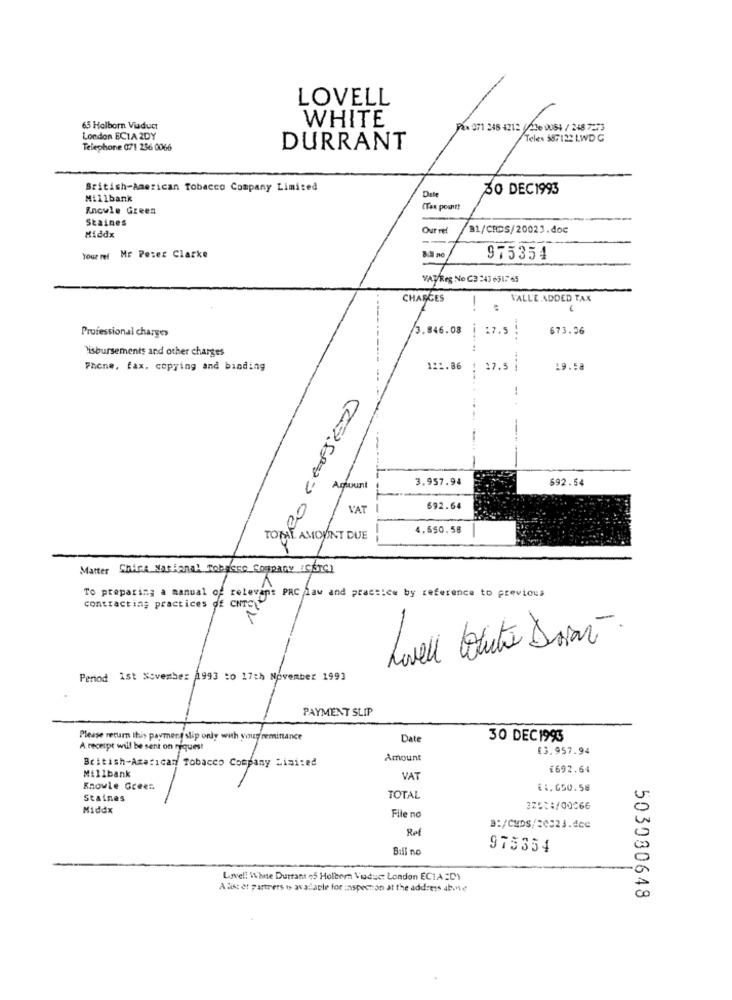
LOVELL
65 Holborn Viaduct
WHITE
Fax 071 248 4212 / 216 0081 / 248 7273
London ECIA 2DY
Telex 587122 LWD G
Telephone 071 256 0066
DURRANT
British-American Tobacco Company Limited
30 DEC1993
Millbank
Date
Encule Green
(Tax point!
Staines
Hiddx
Our ref
81/CRDS/20021.doc
Your ref Mr Peter Clarke
975354
VATReg No C3 243 651,7 65
CHARGES
-
VALL'E ADDED TAX
Professional charges
3.846.08 | :7.5 !
673.56
Disbursements and other charges
Phone, fax. copying and binding
121.86 : 27.5 |
19.58
ARO CAUSED
-
3.957.94
692.54
Amount
VAT
692.64
4.650.58
TOTAL AMOUNT DUE
Matter China National Tobrero Company "CETC)
To preparing a manual of relevant PRC law and practice by reference to previous
1
contracting practices df CNTC
Lovell Coute Dovar.
Period ist November 1993 :0 17th November 1993
PAYMENT SLIP
Please return this payment slip only with you remittance
Date
30 DEC1993
A receipt will be sent on request
£3.957.94
Amount
British-Azarican Tobacco Company Limited
£692.64
Millbank
VAT
Knowle Greer.
€1,650.58
Statnes
TOTAL
Middx
32584/00066
File no
Ref
Bill no
975354
Lovel! White Durrant 65 Holborn Vuduc: London ECIA ED1
Alist et partrers w av adarle for inspection at the address abone
503080648